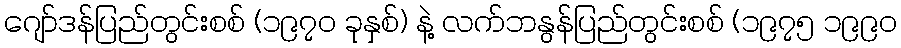
ဂျော်ဒန်ပြည်တွင်းစစ် (၁၉၇၀ ခုနှစ်) နဲ့ လက်ဘနွန်ပြည်တွင်းစစ် (၁၉၇၅ ၁၉၉၀